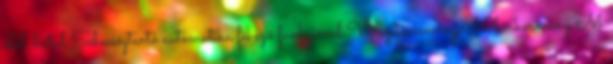
elöl-hátul Sebességtartó automatika fékező funkcióval Világításcsomag M bőrkormány M